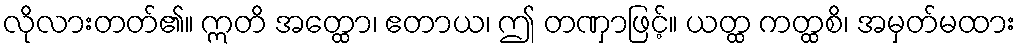
လိုလားတတ်၏။ ဣတိ အတ္ထော၊ ဧတာယ၊ ဤ တဏှာဖြင့်။ ယတ္ထ ကတ္ထစိ၊ အမှတ်မထား